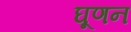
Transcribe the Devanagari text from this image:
घूणन